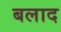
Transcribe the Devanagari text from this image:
बलाद